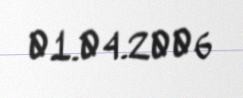
01.04.2006